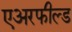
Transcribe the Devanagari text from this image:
एअरफील्ड